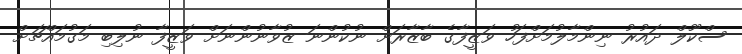
ސްކޫލް ދައުރު ނިންމާލުމަށްފަހު ވަޒީފާގެ ބާޒާރަށް ނުކުންނަ ޒުވާނުންނަށް ވަޒީފާ ނުލިބި މަގުމައްޗަށް